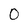
Character: 0